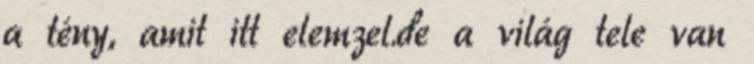
a tény, amit itt elemzel.de a világ tele van